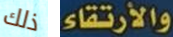
ذلك والأرتقاء